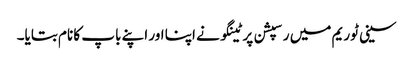
سینی ٹوریم میں رسپشن پر ٹینگو نے اپنا اور اپنے باپ کا نام بتایا۔